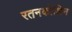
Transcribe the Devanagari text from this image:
रतनकोशिन